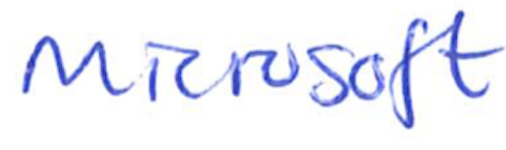
Text: Microsoft
Cross-out: clean
Writing tool: ballpoint